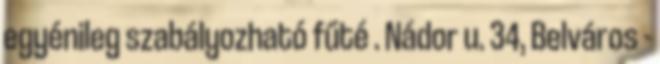
egyénileg szabályozható fűté . Nádor u. 34, Belváros -